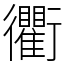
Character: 衢